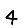
Digit: 4